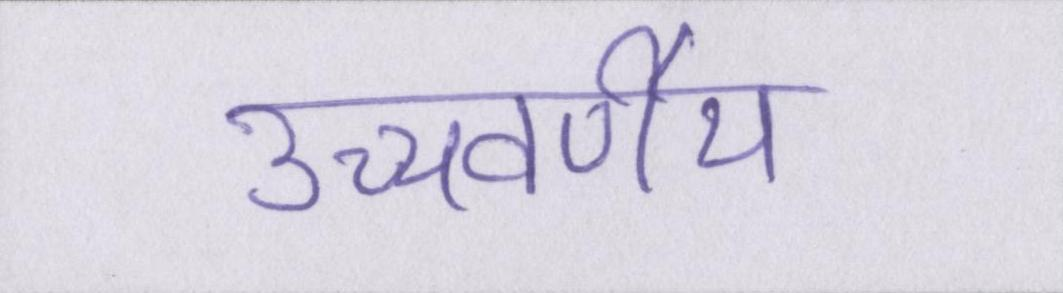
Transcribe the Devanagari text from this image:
उच्चवर्णीय